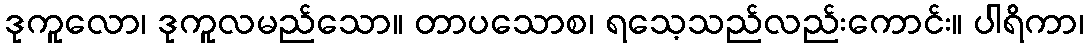
ဒုကူလော၊ ဒုကူလမည်သော။ တာပသောစ၊ ရသေ့သည်လည်းကောင်း။ ပါရိကာ၊